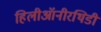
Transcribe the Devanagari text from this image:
हिलीऑनीरथिडी